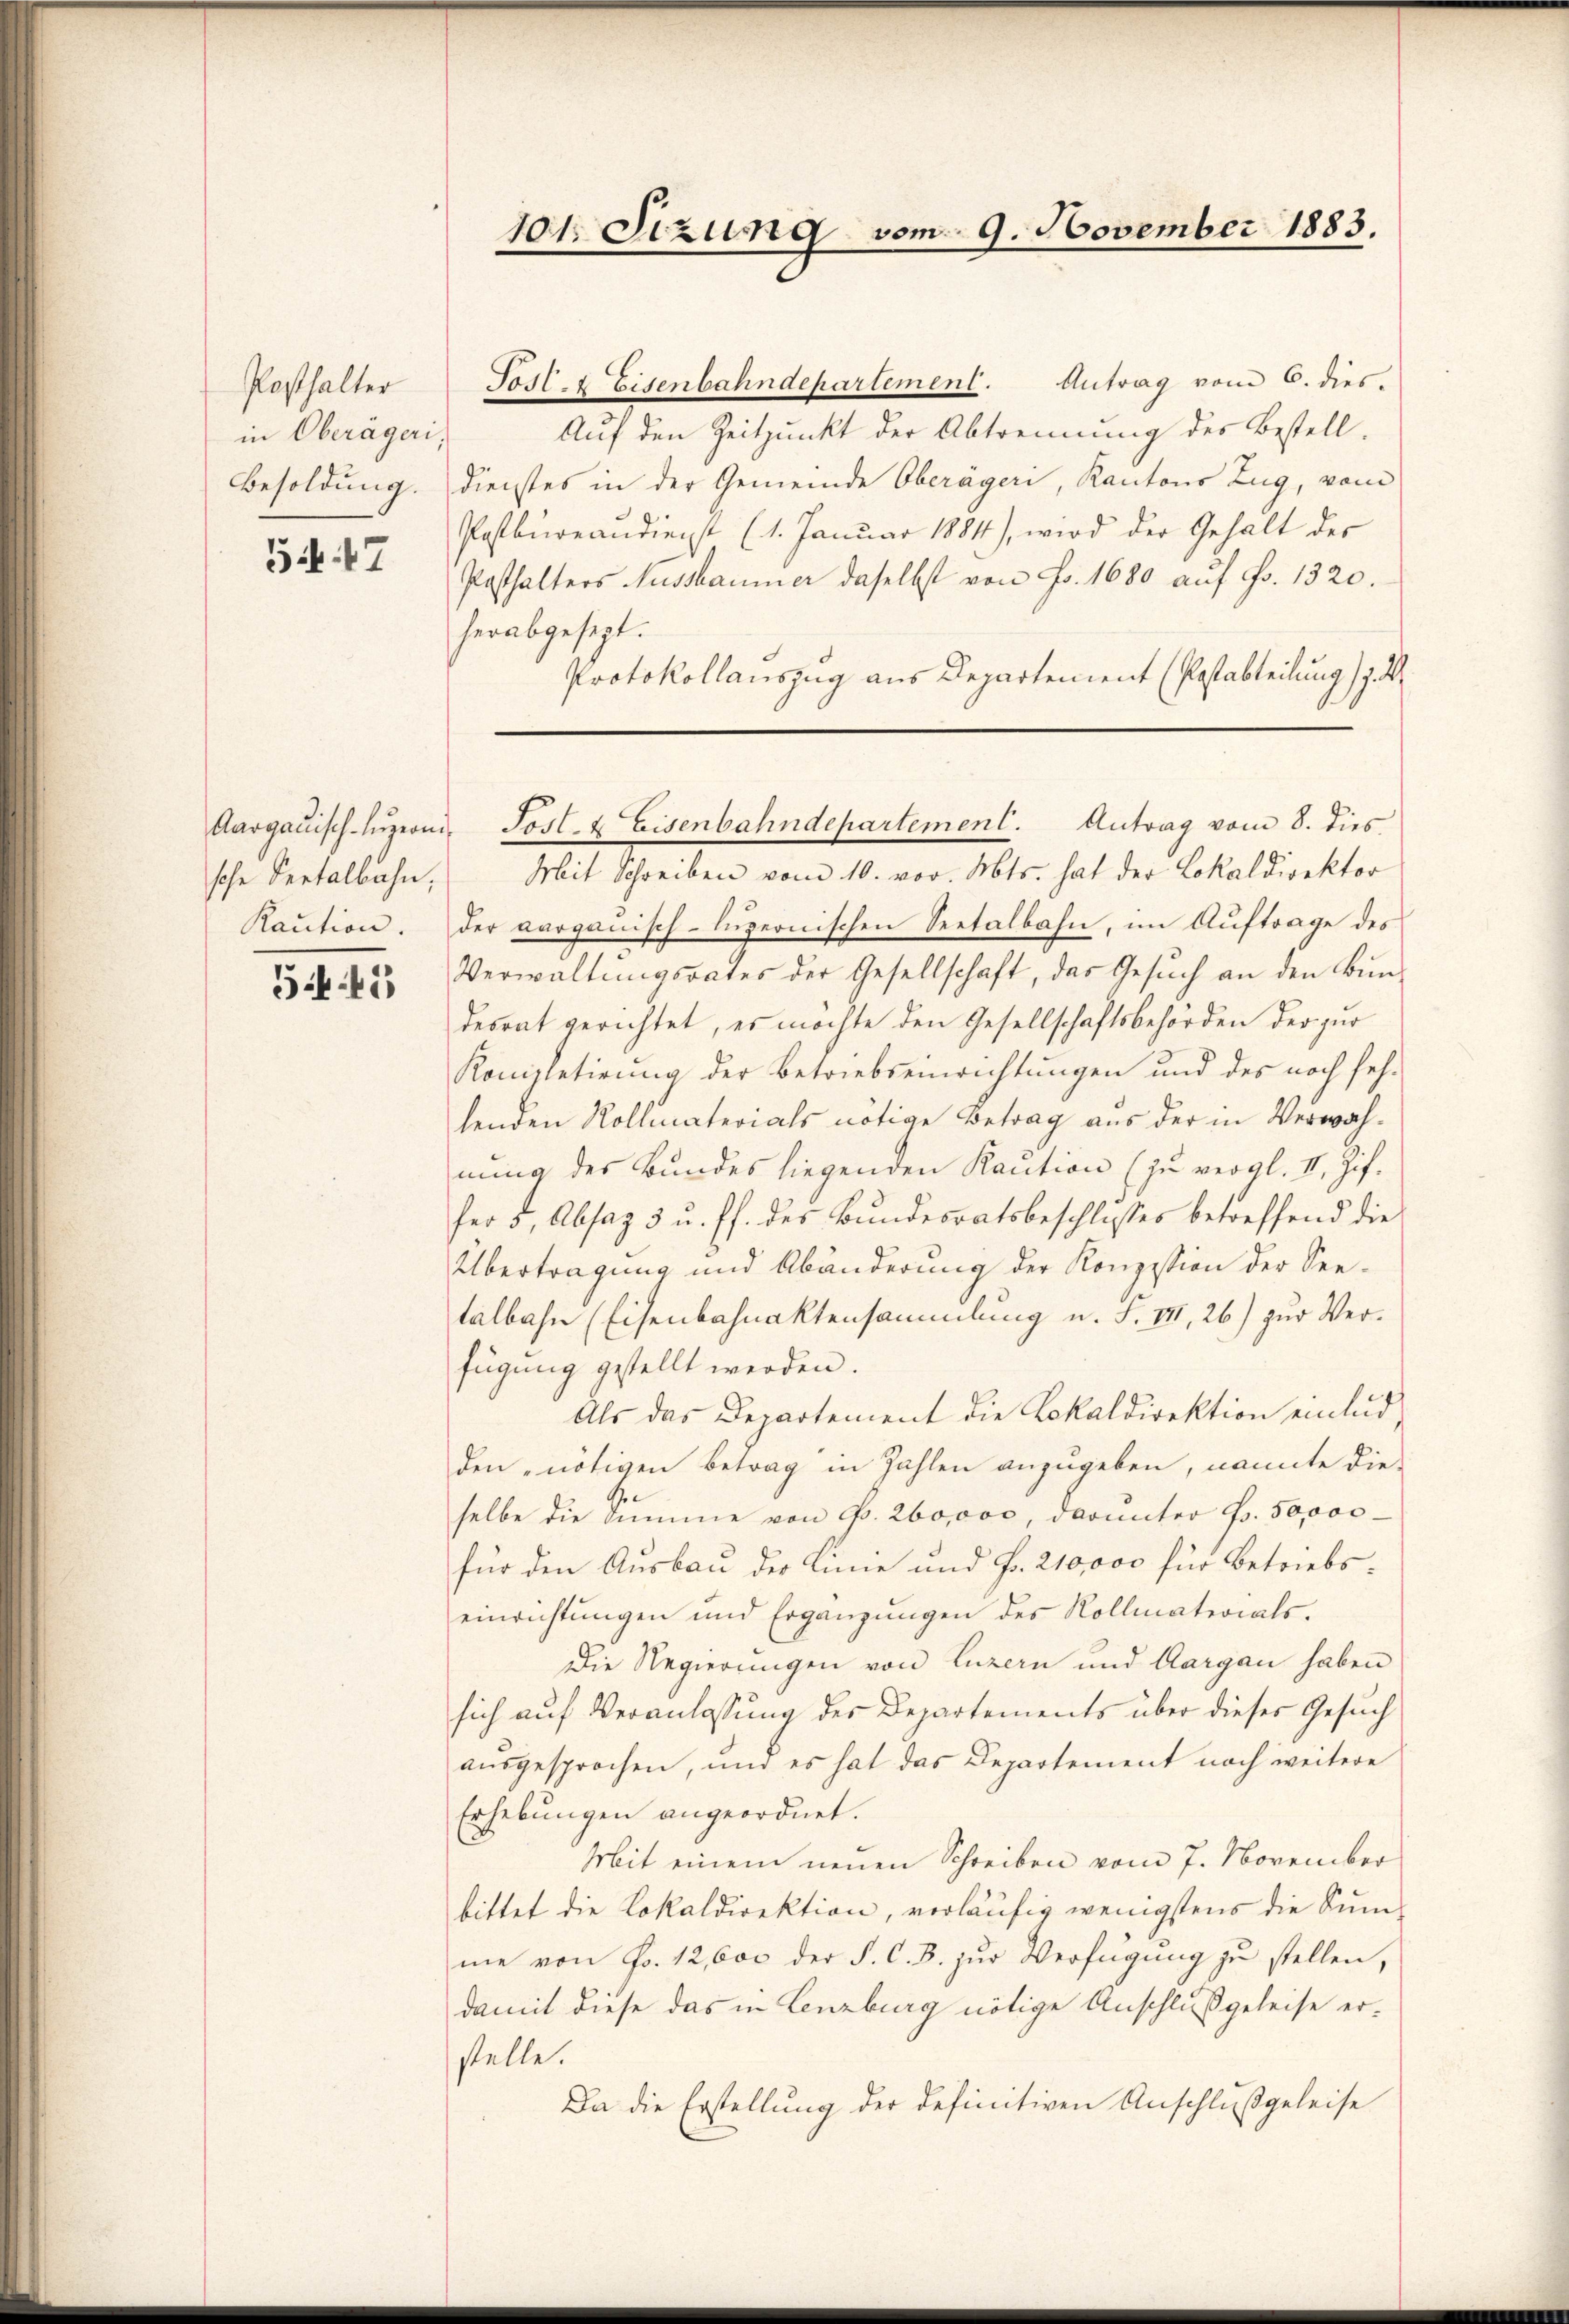
Posthalter
in Oberägeri,
Besoldung.

54. 17

sche Pertalbahn,
Raution.

545

101. Sizung vom 9. November 1883.

Post 4 Eisenbahndepartement. Antrag vom 6. dies
Auf den Zeitpunkt der Abtrennung des Bestelldienstes in der Gemeinde Oberäger, Kantons Zug, vom
Postbureaudienst (1. Januar 1884), wird der Gehalt des
Posthalters Aussbaumer daselbst von Fr. 1680 auf Fr. 1320.
herabgesezt.
Protokollauszug aus Departement (Postabteilung 17. d

Aargauisch-Lŭzerni-Post- & Eisenbahndepartement. Antrag vom 8. dies

Mit Schreiben vom 10. vor. Mts. hat der Lokaldirektor
der aargauisch-luzernischen Seetalbahn, im Auftrage des
Verwaltŭngsrates der Gesellschaft, das Gesŭch an den Bŭn
desrat gerichtet, es möchte den Gesellschaftsbehörden der zur
Kompletirŭng der Betriebseinrichtungen und des noch seh-
lenden Vollmaterials nötige Betrag aus der in Verwahnung des Bundes liegenden Kaution (zu vergl. II. Zif.
fer 5, Absaz 3 u. ff. des Bundesratsbeschlusses betreffend die
Übertragung und Abänderung der Konzession der See-
talbahn (Eisenbahnaktensammlung u. F. III, 26) zur Verfügung gestellt werden.
Als das Departement die Lokaldirektion einlud,
den nötigen Betrag in Zahlen anzugeben, nannte die
selbe die Summe von Fr. 260,000, darunter Fr. 50,000
für den Ausbau der Linie und Fr. 210,000 für Betriebseinrichtungen und Ergänzŭngen des Kollmaterials.
Die Regierungen von Luzern und Aargau haben
sich auf Veranlassung des Departements über dieses Gesuch
ausgesprochen, und es hat das Departement nach weitere
Erhebungen angeordnet.
Mit einem neuen Schreiben vom 7. November
bittet die Lokaldirektion, vorläŭfig wenigstens die Kŭm-
me von Fr. 12,000 der S. C. B. zur Verfügung zu stellen,
damit diese das in Lenzburg nötige Anschluß geleise er-
stelle.
Da die Erstellung der definitiven Anschlußgeleise